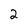
Character: 2